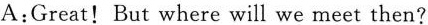
A:Great! But where will we meet then?